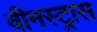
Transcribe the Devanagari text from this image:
वीनस्ट्रास